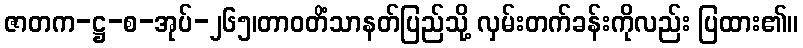
ဇာတက-ဋ္ဌ-စ-အုပ်-၂၆၅၊တာဝတိံသာနတ်ပြည်သို့ လှမ်းတက်ခန်းကိုလည်း ပြထား၏။